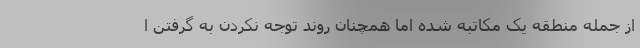
از جمله منطقه یک مکاتبه شده اما همچنان روند توجه نکردن به گرفتن ا